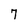
Character: 7